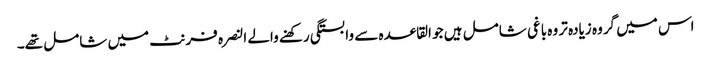
اس میں گروہ زیادہ تر وہ باغی شامل ہیں جو القاعدہ سے وابستگی رکھنے والے النصرہ فرنٹ میں شامل تھے۔